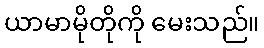
ယာမာမိုတိုကို မေးသည်။